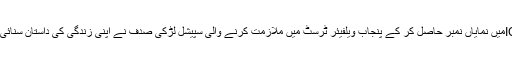
خوشیوں بھری تقریب میں جب ICSمیں نمایاں نمبر حاصل کر کے پنجاب ویلفیئر ٹرسٹ میں ملازمت کرنے والی سپیشل لڑکی صدف نے اپنی زندگی کی داستان سنائی تو سب کی آنکھوں میں آنسو آگئے۔